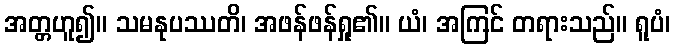
အတ္တဟူ၍။ သမနုပဿတိ၊ အဖန်ဖန်ရှု၏။ ယံ၊ အကြင် တရားသည်။ ရူပံ၊